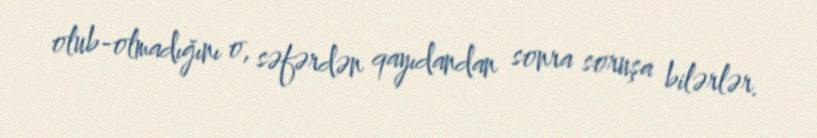
olub-olmadığını o, səfərdən qayıdandan sonra soruşa bilərlər.